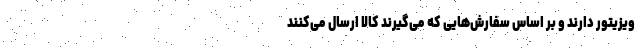
ویزیتور دارند و بر اساس سفارش‌هایی که می‌گیرند کالا ارسال می‌کنند